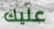
عليك